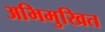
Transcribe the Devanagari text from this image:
अभिमुखित